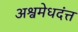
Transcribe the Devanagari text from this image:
अश्वमेधदंत्त